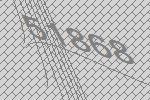
51868